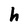
Character: h